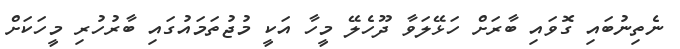
ނެތިނުބައި ގޮވައި ބާރަށް ހަޅޭލަވާ ދޫހެލޭ މީހާ އަކީ މުޖުތަމައުގައި ބާރުހުރި މީހަކަށް